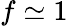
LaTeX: f\simeq 1